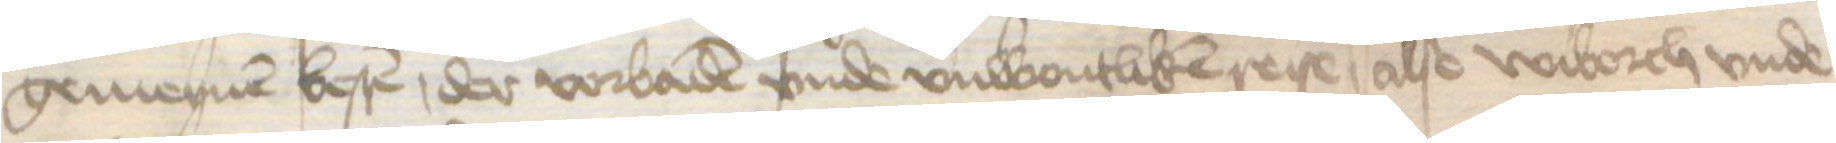
gemeynen besten, der vorbaden vnde vnwontliken reise, alse Wiborch vnde